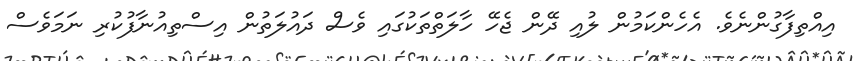
އިއްތިފާގުންނެވެ. އެހެންކަމުން ލުއި ދޭން ޖެހޭ ހާލަތްތަކުގައި ވެސް ދައުލަތުން އިސްތިއުނާފުކުރި ނަމަވެސް